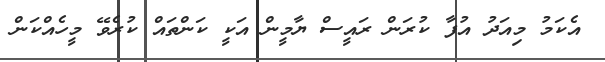
އެކަމު މިއަދު އުފާ ކުރަން ރައީސް ޔާމީން އަކީ ކަންތައް ކުރެވޭ މީހެއްކަން